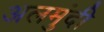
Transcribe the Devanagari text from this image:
अलमुंदी